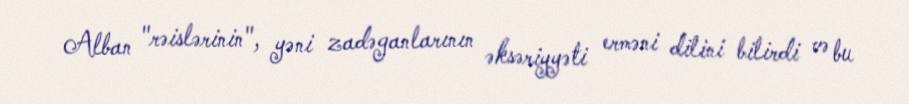
Alban "rəislərinin", yəni zadəganlarının əksəriyyəti erməni dilini bilirdi və bu